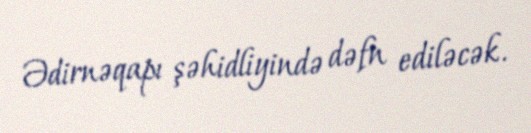
Ədirnəqapı şəhidliyində dəfn ediləcək.